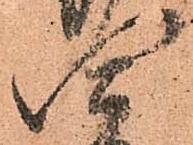
四